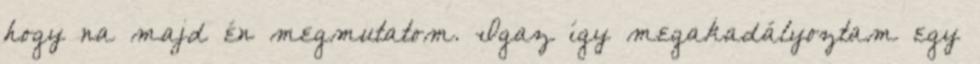
hogy na majd én megmutatom. Igaz így megakadályoztam egy